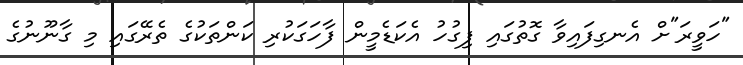
"ހަވީރަ"ށް އެނގިފައިވާ ގޮތުގައި ފިގުހު އެކަޑެމީން ފާހަގަކުރި ކަންތަކުގެ ތެރޭގައި މި ގާނޫނުގެ